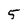
Character: 5